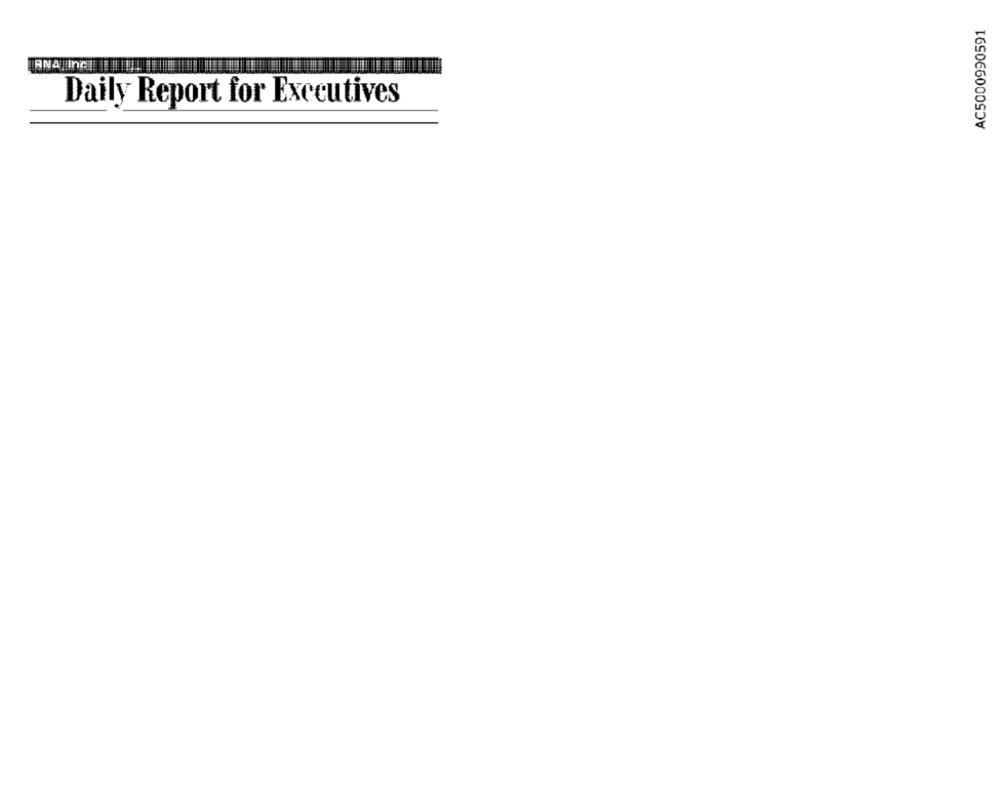
AC5000990591
ANA Inc! !!
Daily Report for Executives